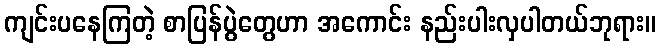
ကျင်းပနေကြတဲ့ စာပြန်ပွဲတွေဟာ အကောင်း နည်းပါးလှပါတယ်ဘုရား။